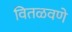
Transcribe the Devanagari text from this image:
वितळवणे